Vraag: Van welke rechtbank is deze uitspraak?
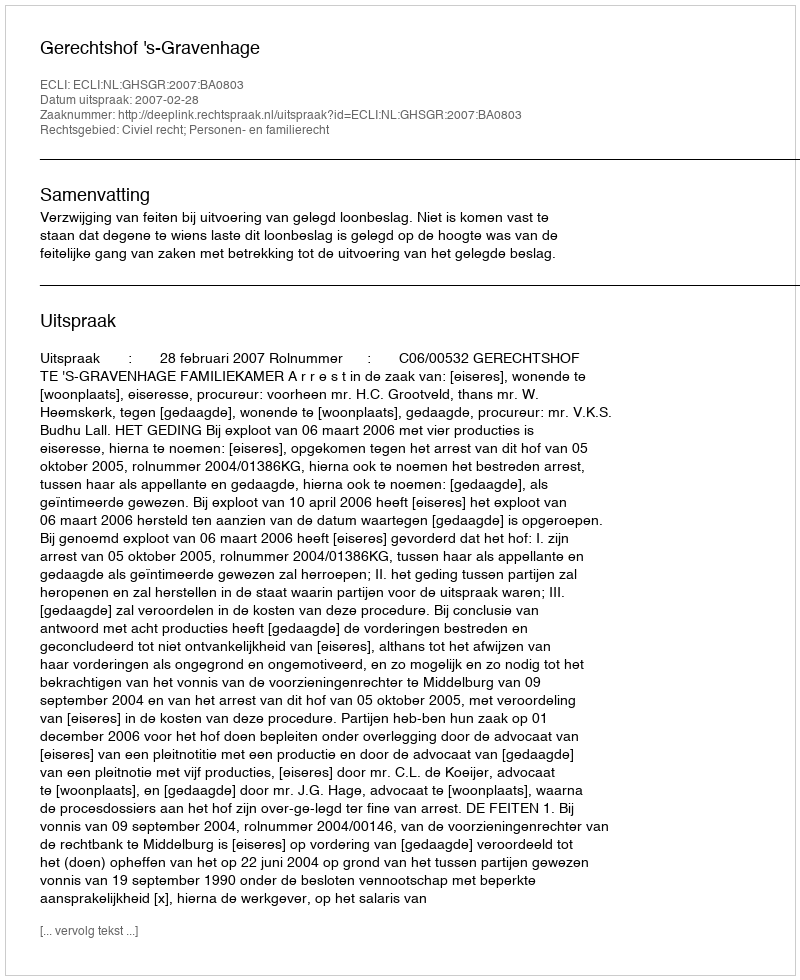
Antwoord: Gerechtshof 's-Gravenhage